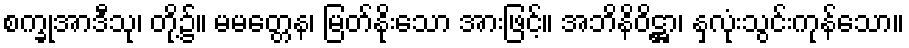
စက္ခုအာဒီသု၊ တို့၌။ မမတ္တေန၊ မြတ်နိုးသော အားဖြင့်။ အဘိနိဝိဋ္ဌာ၊ နှလုံးသွင်းကုန်သော။